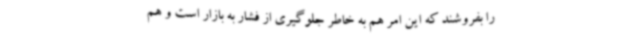
را بفروشند که این امر هم به خاطر جلوگیری از فشار به بازار است و هم